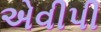
એવીપી